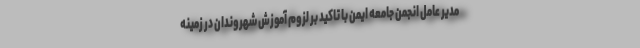
مدیر عامل انجمن جامعه ایمن با تاکید بر لزوم آموزش شهروندان در زمینه